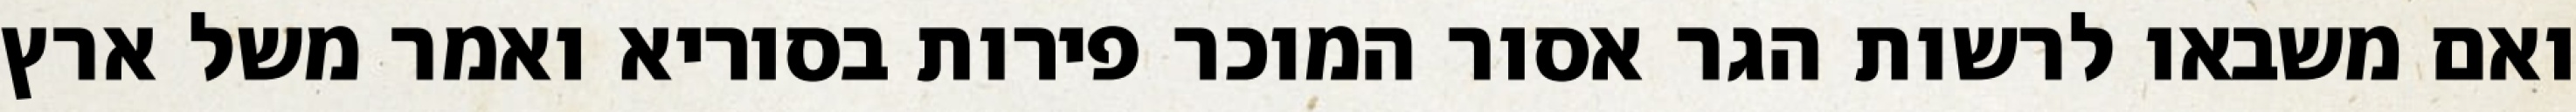
ואם משבאו לרשות הגר אסור המוכר פירות בסוריא ואמר משל ארץ